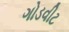
ગોડવીટ